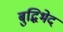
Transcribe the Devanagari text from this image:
बुद्धिभेद